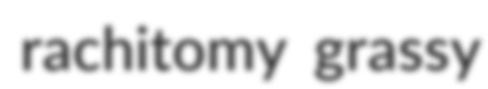
rachitomy grassy